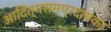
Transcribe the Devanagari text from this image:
आदित्यसम्प्रदायका